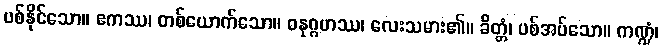
ပစ်နိုင်သော။ ဧကဿ၊ တစ်ယောက်သော။ ဓနုဂ္ဂဟဿ၊ လေးသမား၏။ ခိတ္တံ၊ ပစ်အပ်သော။ ကဏ္ဍံ၊